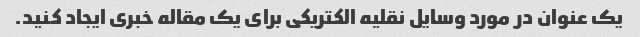
یک عنوان در مورد وسایل نقلیه الکتریکی برای یک مقاله خبری ایجاد کنید.